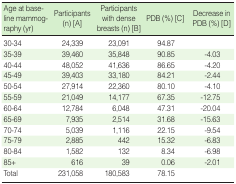
| Age at baseline mammography (yr) | Participants (n) [A] | Participants with dense breasts (n) [B] | PDB (%) [C] | Decrease in PDB (%) [D] |
 | --- | --- | --- | --- | --- |
 | 30-34 | 24,339 | 23,091 | 94.87 |  |
 | 35-39 | 39,460 | 35,848 | 90.85 | -4.03 |
 | 40-44 | 48,052 | 41,636 | 86.65 | -4.20 |
 | 45-49 | 39,403 | 33,180 | 84.21 | -2.44 |
 | 50-54 | 27,914 | 22,360 | 80.10 | -4.10 |
 | 55-59 | 21,049 | 14,177 | 67.35 | -12.75 |
 | 60-64 | 12,784 | 6,048 | 47.31 | -20.04 |
 | 65-69 | 7,935 | 2,514 | 31.68 | -15.63 |
 | 70-74 | 5,039 | 1,116 | 22.15 | -9.54 |
 | 75-79 | 2,885 | 442 | 15.32 | -6.83 |
 | 80-84 | 1,582 | 132 | 8.34 | -6.98 |
 | 85+ | 616 | 39 | 0.06 | -2.01 |
 | Total | 231,058 | 180,583 | 78.15 |  |